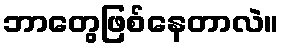
ဘာတွေဖြစ်နေတာလဲ။